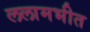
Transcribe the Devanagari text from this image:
ललामभीत